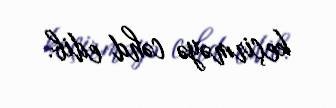
keçirməyə cəhd edib.